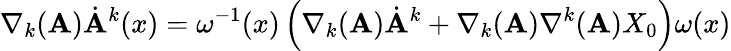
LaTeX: \nabla_{k}(\mathbf{A})\dot{{\mathbf{A}}}^{k}(x)=\omega^{-1}(x)\left(\nabla_{k}({\cal\mathbf{A}}){\dot{{\cal\mathbf{A}}}}^{k}+\nabla_{k}({\cal\mathbf{A}})\nabla^{k}({\cal\mathbf{A}})X_{0}\right)\omega(x)